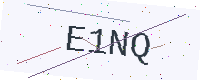
Text: E1NQ